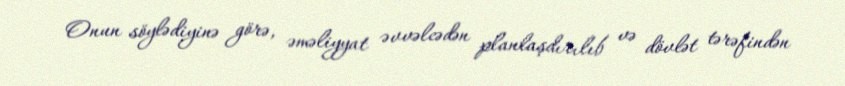
Onun söylədiyinə görə, əməliyyat əvvəlcədən planlaşdırılıb və dövlət tərəfindən